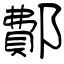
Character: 鄪